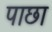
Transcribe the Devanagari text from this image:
पाछा